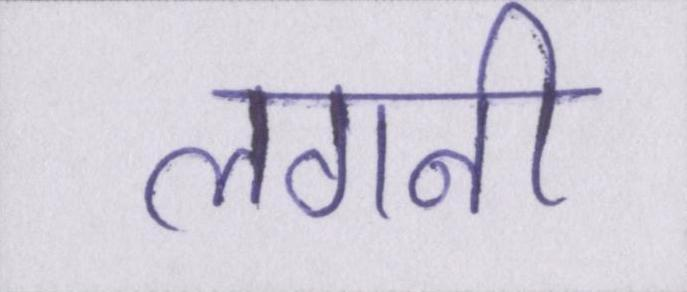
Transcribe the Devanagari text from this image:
लगनी